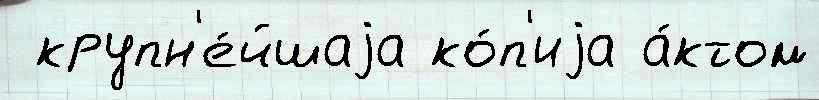
 крупн'е́йшаjа ко́п'иjа а́ктом